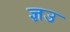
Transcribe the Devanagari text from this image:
ज्ञउ